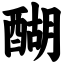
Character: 醐